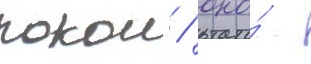
покои / оно́ -